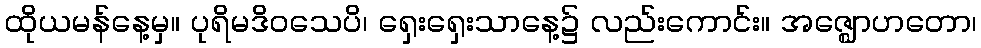
ထိုယမန်နေ့မှ။ ပုရိမဒိဝသေပိ၊ ရှေးရှေးသာနေ့၌ လည်းကောင်း။ အဇ္ဈောဟတော၊